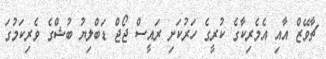
ޗާވޭޒް އާއި އެމެރިކާގެ ކުރީގެ ހަރުކަށި ރައީސް ޖޯޖް ޑަބްލިޔު ބުޝްގެ ވެރިކަމުގަ